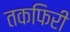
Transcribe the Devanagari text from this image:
तकफिरी